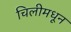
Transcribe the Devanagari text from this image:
चिलीमधून